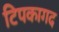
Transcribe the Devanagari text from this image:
टिपकागद